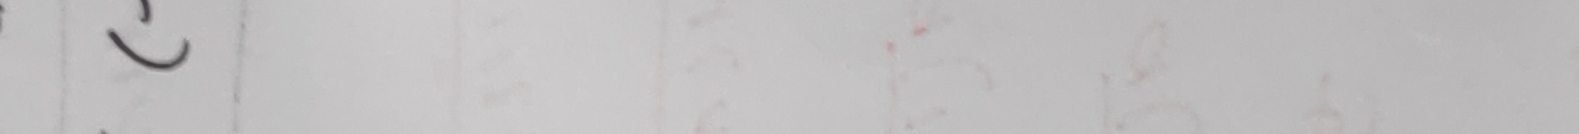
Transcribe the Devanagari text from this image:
त?